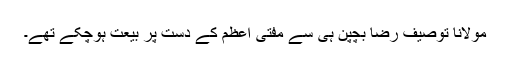
مولانا توصیف رضا بچپن ہی سے مفتی اعظم کے دست پر بیعت ہوچکے تھے۔